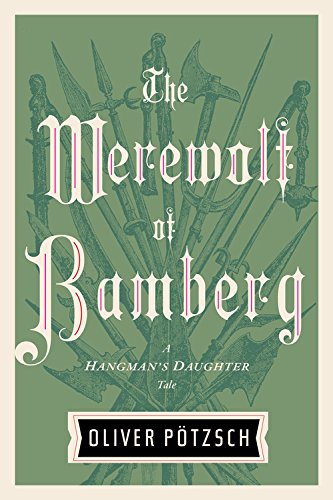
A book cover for The Werewolf of Bamberg (A Hangman's Daughter Tale); Oliver PÃ¶tzsch; Mystery, Thriller & Suspense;